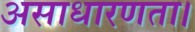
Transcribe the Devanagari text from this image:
असाधारणता।